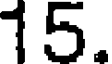
15.